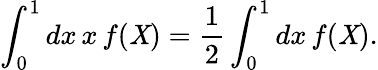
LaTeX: \int_{0}^{1}dx\, x\, f(\mathit{X})=\frac{{1}}{{2}}\int_{0}^{1}dx\, f(\mathit{X}).